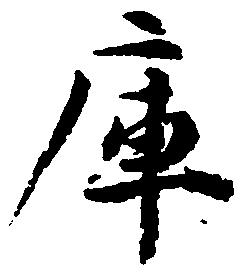
庫